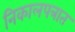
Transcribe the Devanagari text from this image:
निकालपत्रात